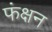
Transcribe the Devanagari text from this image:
फंक्षन